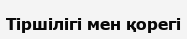
Тіршілігі мен қорегі